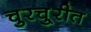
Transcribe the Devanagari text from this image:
चुरचु्रीत